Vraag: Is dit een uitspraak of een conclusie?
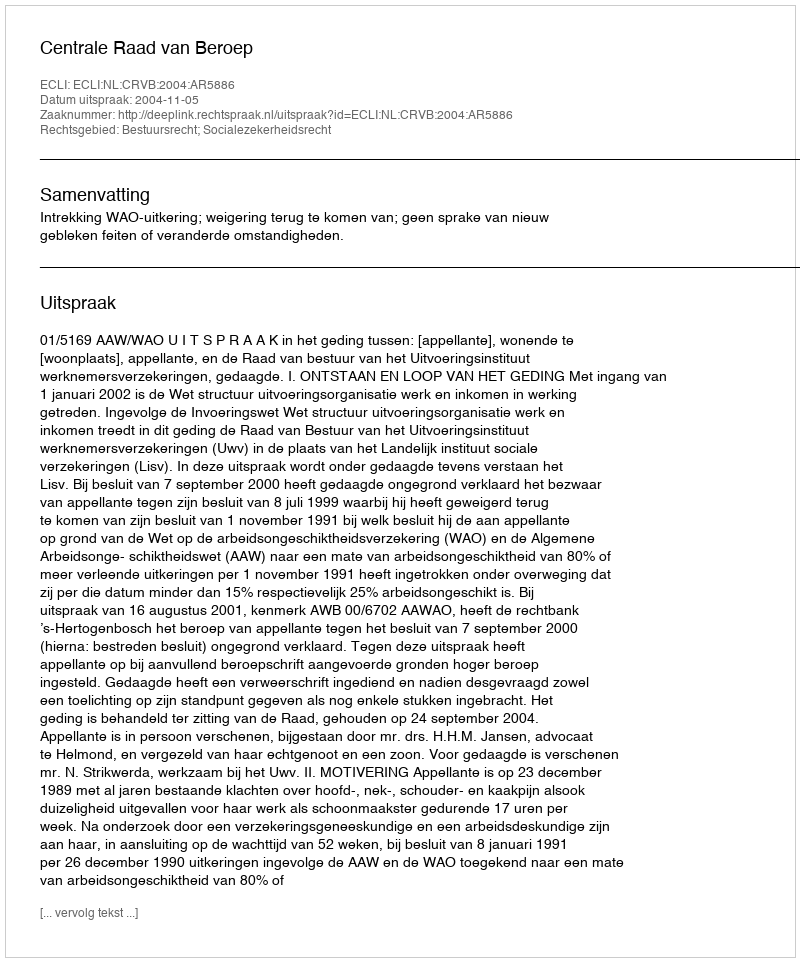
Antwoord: Uitspraak